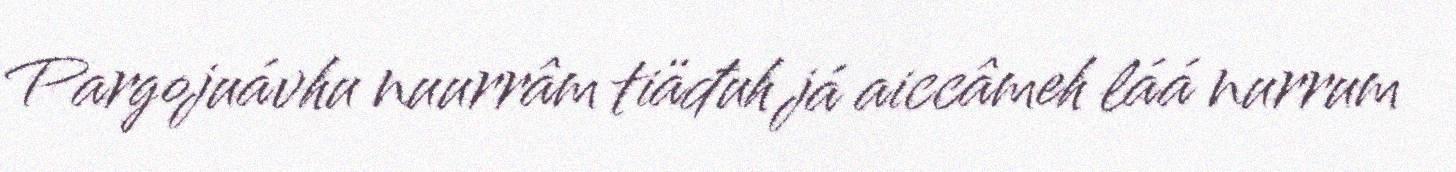
Pargojuávhu nuurrâm tiäđuh já aiccâmeh láá nurrum